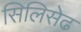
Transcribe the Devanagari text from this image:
सिलिसेढ